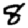
Digit: 8